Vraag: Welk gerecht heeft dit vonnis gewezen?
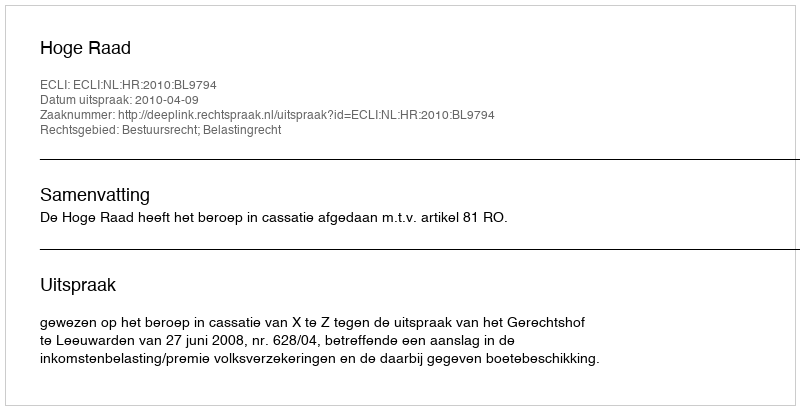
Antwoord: Hoge Raad